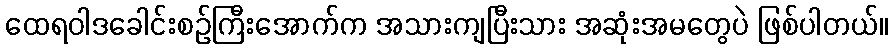
ထေရဝါဒခေါင်းစဉ်ကြီးအောက်က အသားကျပြီးသား အဆုံးအမတွေပဲ ဖြစ်ပါတယ်။